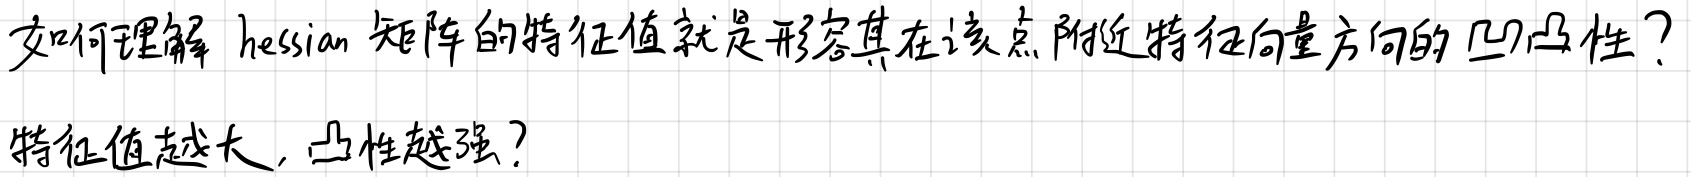
如何理解 hessian 矩阵的特征值就是形容其在该点附近特征向量方向的凹凸性？

特征值越大，凸性越强？